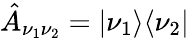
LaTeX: \hat{A}_{\nu_{1}\nu_{2}}=|\nu_{1}\rangle\langle\nu_{2}|